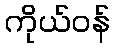
ကိုယ်ဝန်